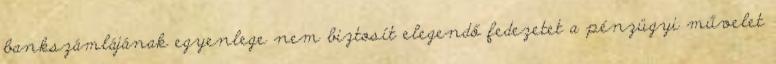
bankszámlájának egyenlege nem biztosít elegendő fedezetet a pénzügyi művelet